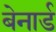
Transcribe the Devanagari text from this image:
बेनार्ड